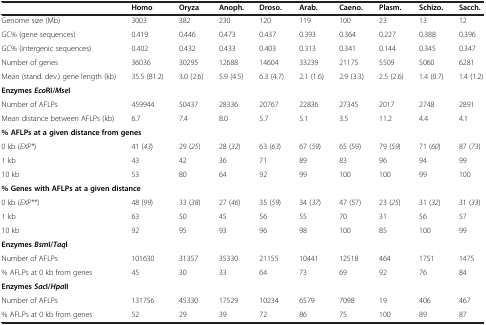
<table><thead><tr><td><b> </b></td><td><b>Homo</b></td><td><b>Oryza</b></td><td><b>Anoph.</b></td><td><b>Droso.</b></td><td><b>Arab.</b></td><td><b>Caeno.</b></td><td><b>Plasm.</b></td><td><b>Schizo.</b></td><td><b>Sacch.</b></td></tr></thead><tbody><tr><td>Genome size (Mb)</td><td>3003</td><td>382</td><td>230</td><td>120</td><td>119</td><td>100</td><td>23</td><td>13</td><td>12</td></tr><tr><td>GC% (gene sequences)</td><td>0.419</td><td>0.446</td><td>0.473</td><td>0.437</td><td>0.393</td><td>0.364</td><td>0.227</td><td>0.388</td><td>0.396</td></tr><tr><td>GC% (intergenic sequences)</td><td>0.402</td><td>0.432</td><td>0.433</td><td>0.403</td><td>0.313</td><td>0.341</td><td>0.144</td><td>0.345</td><td>0.347</td></tr><tr><td>Number of genes</td><td>36036</td><td>30295</td><td>12688</td><td>14604</td><td>33239</td><td>21175</td><td>5509</td><td>5060</td><td>6281</td></tr><tr><td>Mean (stand. dev.) gene length (kb)</td><td>35.5 (81.2)</td><td>3.0 (2.6)</td><td>5.9 (4.5)</td><td>6.3 (4.7)</td><td>2.1 (1.6)</td><td>2.9 (3.3)</td><td>2.5 (2.6)</td><td>1.4 (0.7)</td><td>1.4 (1.2)</td></tr><tr><td><b>Enzymes </b><b><i>Eco</i></b><b>RI/ </b><b><i>Mse </i></b><b>I</b></td><td> </td><td> </td><td> </td><td> </td><td> </td><td> </td><td> </td><td> </td><td> </td></tr><tr><td>Number of AFLPs</td><td>459944</td><td>50437</td><td>28336</td><td>20767</td><td>22836</td><td>27345</td><td>2017</td><td>2748</td><td>2891</td></tr><tr><td>Mean distance between AFLPs (kb)</td><td>6.7</td><td>7.4</td><td>8.0</td><td>5.7</td><td>5.1</td><td>3.5</td><td>11.2</td><td>4.4</td><td>4.1</td></tr><tr><td colspan="3"><b>% AFLPs at a given distance from genes</b></td><td> </td><td> </td><td> </td><td> </td><td> </td><td> </td><td> </td></tr><tr><td>0 kb (<i>EXP*</i>)</td><td>41 (<i>43</i>)</td><td>29 (<i>25</i>)</td><td>28 (<i>32</i>)</td><td>63 (<i>63</i>)</td><td>67 (<i>59</i>)</td><td>65 (59)</td><td>79 (<i>59</i>)</td><td>71 (<i>60</i>)</td><td>87 (<i>73</i>)</td></tr><tr><td>1 kb</td><td>43</td><td>42</td><td>36</td><td>71</td><td>89</td><td>83</td><td>96</td><td>94</td><td>99</td></tr><tr><td>10 kb</td><td>53</td><td>80</td><td>64</td><td>92</td><td>99</td><td>100</td><td>100</td><td>99</td><td>100</td></tr><tr><td colspan="3"><b>% Genes with AFLPs at a given distance</b></td><td> </td><td> </td><td> </td><td> </td><td> </td><td> </td><td> </td></tr><tr><td>0 kb (<i>EXP**</i>)</td><td>48 (<i>99</i>)</td><td>33 (<i>38</i>)</td><td>27 (<i>46</i>)</td><td>35 (<i>59</i>)</td><td>34 (<i>37</i>)</td><td>47 (57)</td><td>23 (<i>25</i>)</td><td>31 (<i>32</i>)</td><td>31 (<i>33</i>)</td></tr><tr><td>1 kb</td><td>63</td><td>50</td><td>45</td><td>56</td><td>55</td><td>70</td><td>31</td><td>56</td><td>57</td></tr><tr><td>10 kb</td><td>92</td><td>95</td><td>93</td><td>96</td><td>98</td><td>100</td><td>85</td><td>100</td><td>99</td></tr><tr><td colspan="3"><b>Enzymes </b><b><i>Bsm</i></b><b>I/ </b><b><i>Taq </i></b><b>I</b></td><td> </td><td> </td><td> </td><td> </td><td> </td><td> </td><td> </td></tr><tr><td>Number of AFLPs</td><td>101630</td><td>31357</td><td>35330</td><td>21155</td><td>10441</td><td>12518</td><td>464</td><td>1751</td><td>1475</td></tr><tr><td>% AFLPs at 0 kb from genes</td><td>45</td><td>30</td><td>33</td><td>64</td><td>73</td><td>69</td><td>92</td><td>76</td><td>84</td></tr><tr><td colspan="3"><b>Enzymes </b><b><i>Sac</i></b><b>I/ </b><b><i>Hpa </i></b><b>II</b></td><td> </td><td> </td><td> </td><td> </td><td> </td><td> </td><td> </td></tr><tr><td>Number of AFLPs</td><td>131756</td><td>45330</td><td>17529</td><td>10234</td><td>6579</td><td>7098</td><td>19</td><td>406</td><td>467</td></tr><tr><td>% AFLPs at 0 kb from genes</td><td>52</td><td>29</td><td>39</td><td>72</td><td>86</td><td>75</td><td>100</td><td>89</td><td>87</td></tr></tbody></table>